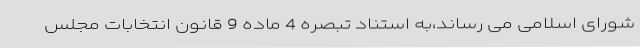
شورای اسلامی می رساند،به استناد تبصره 4 ماده 9 قانون انتخابات مجلس